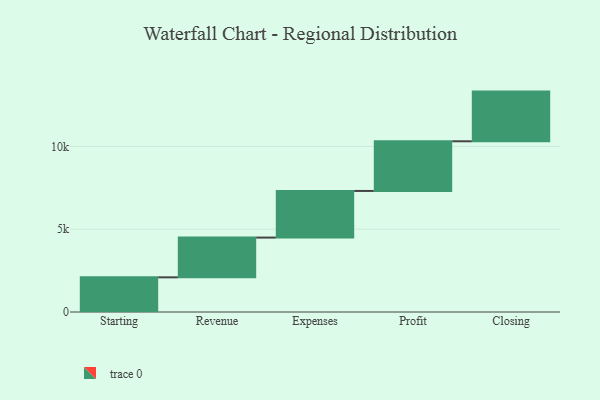
{"axis": {"x": "Step", "y": "Value"}, "legend": [""], "data": [{"x": "Starting", "y": 2094.0, "type": ""}, {"x": "Revenue", "y": 2400.0, "type": ""}, {"x": "Expenses", "y": 2816.0, "type": ""}, {"x": "Profit", "y": 3000, "type": ""}, {"x": "Closing", "y": 3000, "type": ""}]}